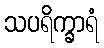
သပရိက္ခာရံ